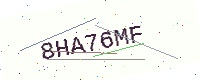
Text: 8HA76MF